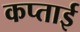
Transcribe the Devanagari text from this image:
कप्ताई